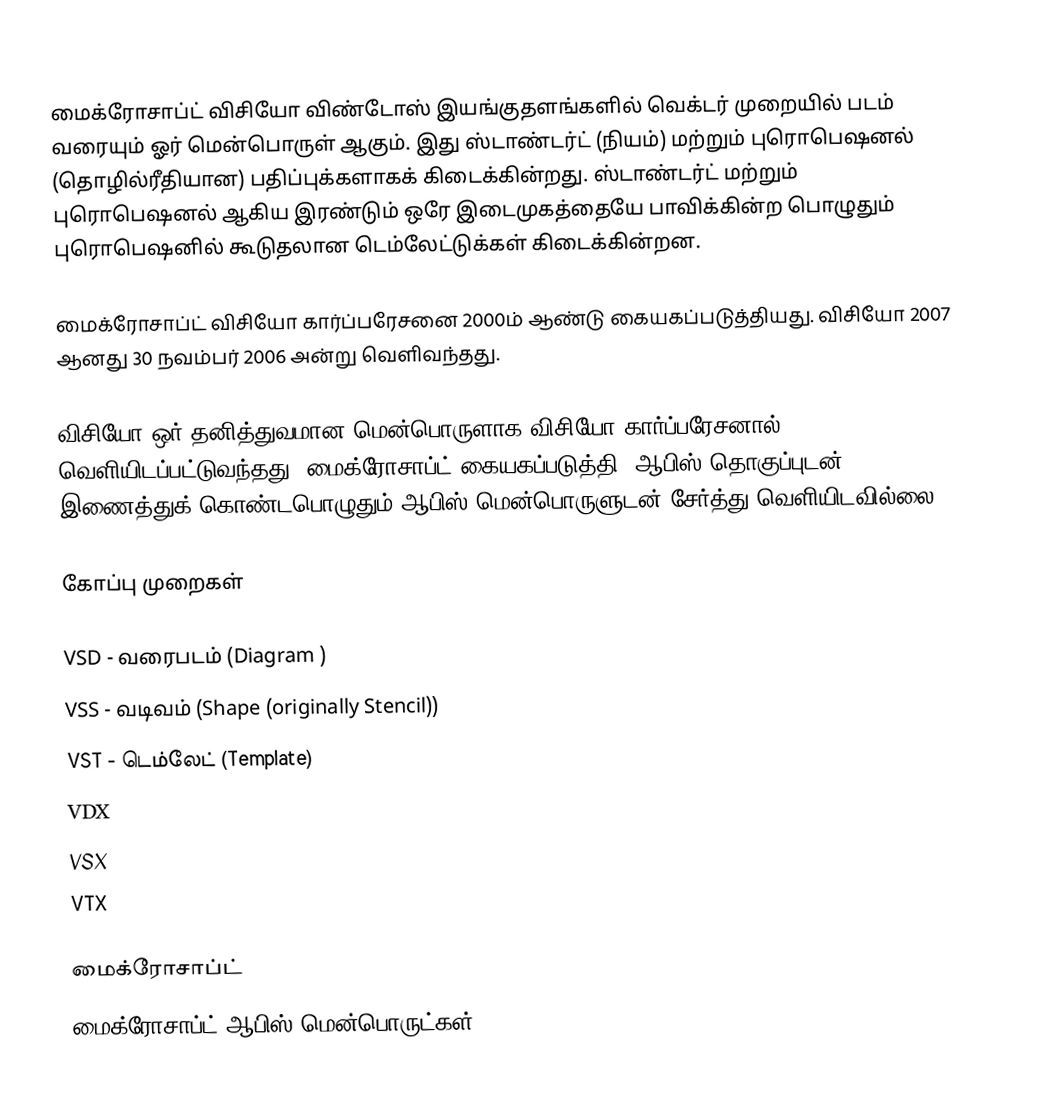
மைக்ரோசாப்ட் விசியோ விண்டோஸ் இயங்குதளங்களில் வெக்டர் முறையில் படம் வரையும் ஓர் மென்பொருள் ஆகும். இது ஸ்டாண்டர்ட் (நியம்) மற்றும் புரொபெஷனல் (தொழில்ரீதியான) பதிப்புக்களாகக் கிடைக்கின்றது. ஸ்டாண்டர்ட் மற்றும் புரொபெஷனல் ஆகிய இரண்டும் ஒரே இடைமுகத்தையே பாவிக்கின்ற பொழுதும் புரொபெஷனில் கூடுதலான டெம்லேட்டுக்கள் கிடைக்கின்றன.

மைக்ரோசாப்ட் விசியோ கார்ப்பரேசனை 2000ம் ஆண்டு கையகப்படுத்தியது. விசியோ 2007 ஆனது 30 நவம்பர் 2006 அன்று வெளிவந்தது.

விசியோ ஒர் தனித்துவமான மென்பொருளாக விசியோ கார்ப்பரேசனால் வெளியிடப்பட்டுவந்தது. மைக்ரோசாப்ட் கையகப்படுத்தி, ஆபிஸ் தொகுப்புடன் இணைத்துக் கொண்டபொழுதும் ஆபிஸ் மென்பொருளுடன் சேர்த்து வெளியிடவில்லை.

கோப்பு முறைகள்

VSD - வரைபடம் (Diagram )
VSS - வடிவம் (Shape (originally Stencil))
VST - டெம்லேட் (Template)
VDX
VSX
VTX

மைக்ரோசாப்ட்
மைக்ரோசாப்ட் ஆபிஸ் மென்பொருட்கள்